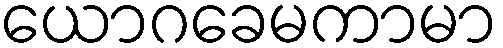
ယောဂခေမကာမာ